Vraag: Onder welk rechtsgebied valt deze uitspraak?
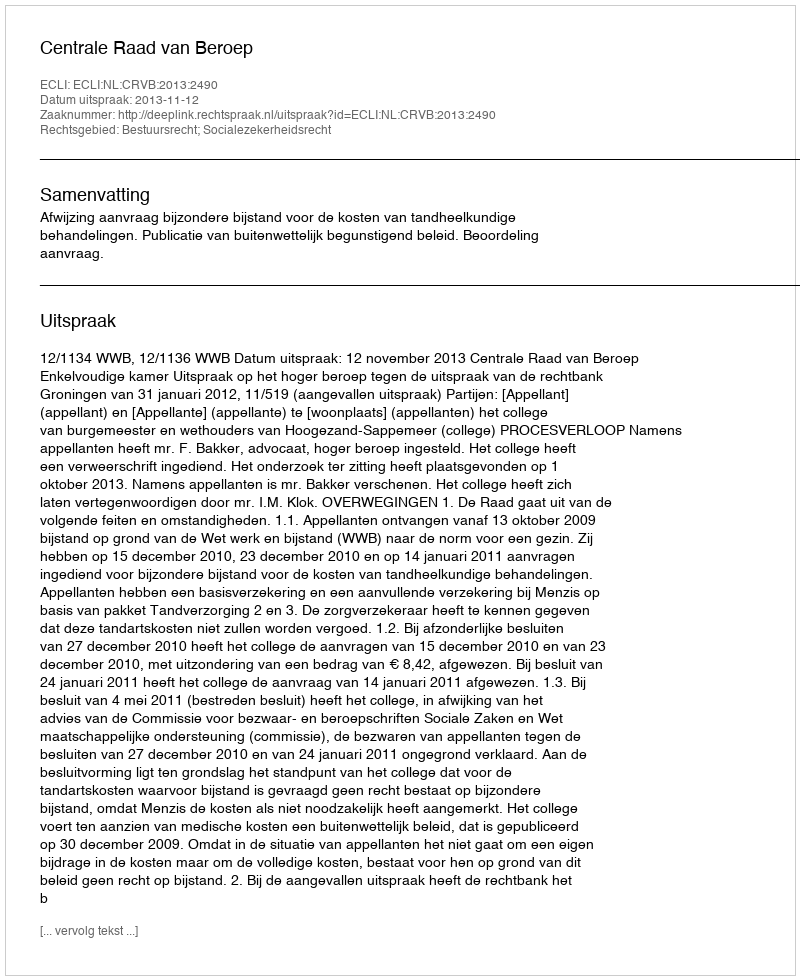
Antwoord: Bestuursrecht; Socialezekerheidsrecht